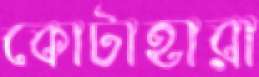
কোটাহারা